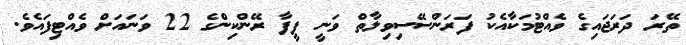
ތޭރަ ދަރަޖައިގެ ވެއްޓުމަކާއެކު ފަރަންސޭސިވިލާތް ވަނީ ފީފާ ރޭންކިންގެ 22 ވަނައަށް ވެއްޓިފައެވެ.